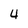
Character: 4